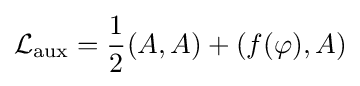
{\mathcal {L}}_{\text{aux}}={\frac {1}{2}}(A,A)+(f(\varphi ),A)